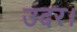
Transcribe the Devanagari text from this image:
उदर।